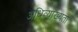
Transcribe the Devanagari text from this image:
अधिव्याख्यता